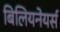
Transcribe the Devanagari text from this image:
बिलियनेयर्स